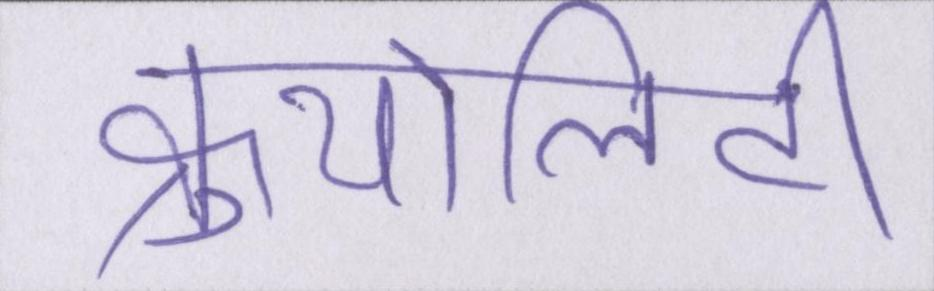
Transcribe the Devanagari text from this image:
क्रुयेलिटी